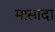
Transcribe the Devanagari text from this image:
मासादा